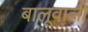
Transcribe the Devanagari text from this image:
बालूवाली